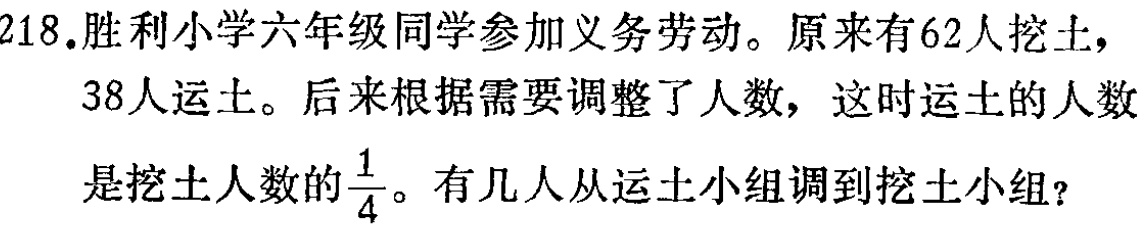
218.胜利小学六年级同学参加义务劳动。原来有62人挖土，38人运土。后来根据需要调整了人数，这时运土的人数是挖土人数的$\frac{1}{4}$。有几人从运土小组调到挖土小组?